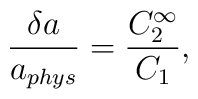
\frac{\delta a}{a_{phys}}=\frac{C_2^{\infty}}{C_1},